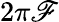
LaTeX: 2\pi\mathscr{F}